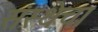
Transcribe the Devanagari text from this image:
संस्‍थेचा